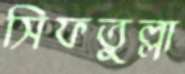
সিফতুল্লা